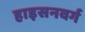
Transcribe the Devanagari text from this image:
हाइसनवर्ग